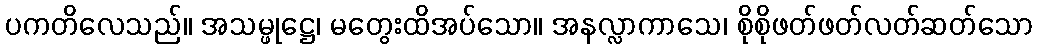
ပကတိလေသည်။ အသမ္ဖုဋ္ဌေ၊ မတွေးထိအပ်သော။ အနလ္လာကာသေ၊ စိုစိုဖတ်ဖတ်လတ်ဆတ်သော